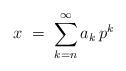
LaTeX: \begin{align*}x\;=\; \sum_{k=n}^\infty a_k\, p^k\end{align*}